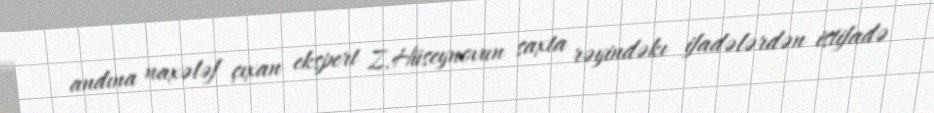
andına naxələf çıxan ekspert Z.Hüseynovun saxta rəyindəkı ifadələrdən istifadə